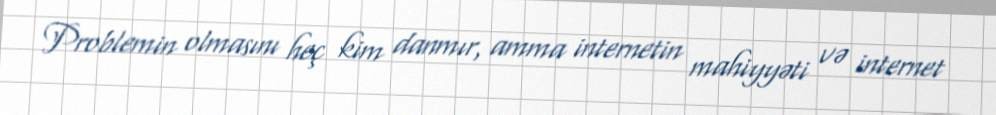
Problemin olmasını heç kim danmır, amma internetin mahiyyəti və internet